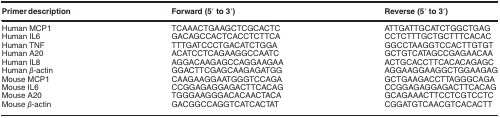
<table><thead><tr><td><b>Primer description</b></td><td><b>Forward (5′ to 3′)</b></td><td><b>Reverse (5′ to 3′)</b></td></tr></thead><tbody><tr><td>Human MCP1</td><td>TCAAACTGAAGCTCGCACTC</td><td>ATTGATTGCATCTGGCTGAG</td></tr><tr><td>Human IL6</td><td>GACAGCCACTCACCTCTTCA</td><td>CCTCTTTGCTGCTTTCACAC</td></tr><tr><td>Human TNF</td><td>TTTGATCCCTGACATCTGGA</td><td>GGCCTAAGGTCCACTTGTGT</td></tr><tr><td>Human A20</td><td>ACATCCTCAGAAGGCCAATC</td><td>GCTGTCATAGCCGAGAACAA</td></tr><tr><td>Human IL8</td><td>AGGACAAGAGCCAGGAAGAA</td><td>ACTGCACCTTCACACAGAGC</td></tr><tr><td>Human <i>β</i>-actin</td><td>GGACTTCGAGCAAGAGATGG</td><td>AGGAAGGAAGGCTGGAAGAG</td></tr><tr><td>Mouse MCP1</td><td>CAAGAAGGAATGGGTCCAGA</td><td>GCTGAAGACCTTAGGGCAGA</td></tr><tr><td>Mouse IL6</td><td>CCGGAGAGGAGACTTCACAG</td><td>CCGGAGAGGAGACTTCACAG</td></tr><tr><td>Mouse A20</td><td>TGGGAAGGGACACAACTACA</td><td>GCAGAAACTTCCTCGTCCTC</td></tr><tr><td>Mouse <i>β</i>-actin</td><td>GACGGCCAGGTCATCACTAT</td><td>CGGATGTCAACGTCACACTT</td></tr></tbody></table>